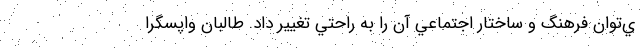
ي‌توان فرهنگ و ساختار اجتماعي آن را به راحتي تغيير داد. طالبان واپسگرا